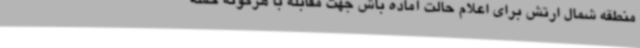
منطقه شمال ارتش برای اعلام حالت آماده باش جهت مقابله با هرگونه حمله